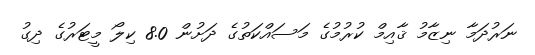
ނަރުދަމާ ނިޒާމު ޤާއިމް ކުރުމުގެ މަސައްކަތުގެ ދަށުން 8.0 ކިލޯ މީޓަރުގެ ދިގު